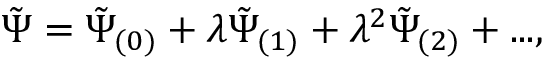
\tilde { \Psi } = \tilde { \Psi } _ { ( 0 ) } + \lambda \tilde { \Psi } _ { ( 1 ) } + \lambda ^ { 2 } \tilde { \Psi } _ { ( 2 ) } + . . . ,